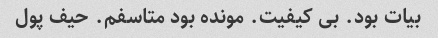
بیات بود. بی کیفیت. مونده بود متاسفم. حیف پول